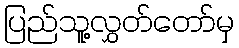
ပြည်သူ့လွှတ်တော်မှ